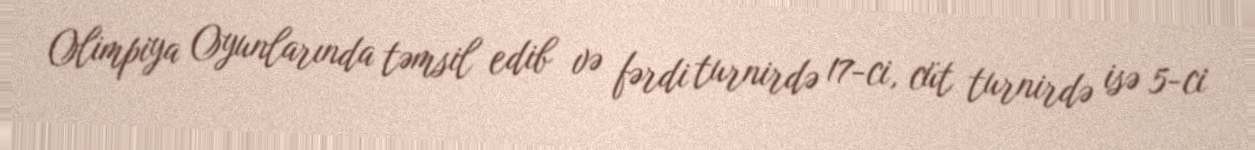
Olimpiya Oyunlarında təmsil edib və fərdi turnirdə 17-ci, cüt turnirdə isə 5-ci